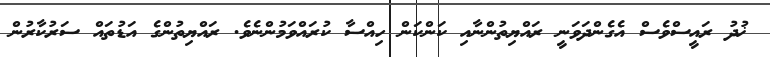
ޚުދު ރައީސްވެސް އެގެންދަވަނީ ރައްޔިތުންނާއި ކަންކަން ހިއްސާ ކުރައްވަމުންނެވެ. ރައްޔިތުންގެ އަޑުތައް ސަރުކާރުން